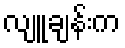
လျူချန်းက